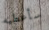
سأعطيه